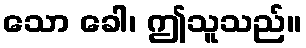
သော ခေါ၊ ဤသူသည်။